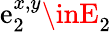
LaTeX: \mathrm{e}_{2}^{x,y}\inE_{2}